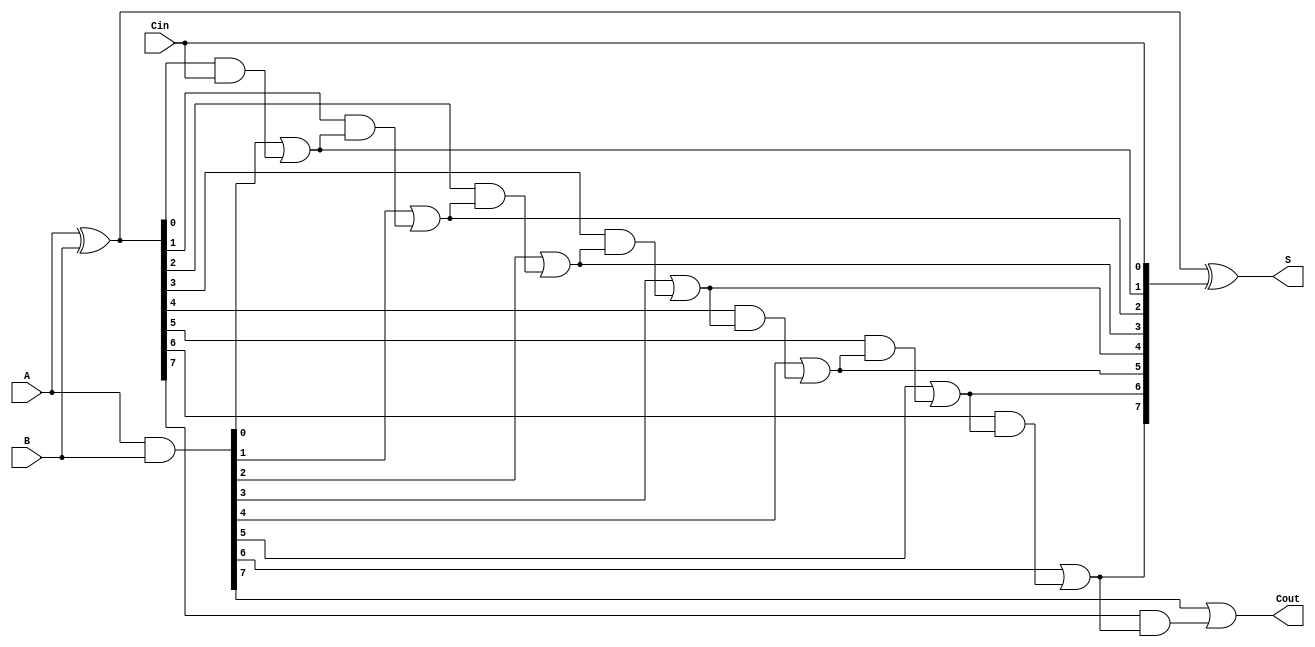
module CLA_8bit(
    input  [7:0] A,        // First operand
    input  [7:0] B,        // Second operand
    input          Cin,     // Carry-in
    output [7:0] S,        // Sum output
    output         Cout      // Carry-out
);
    
    wire [7:0] P;          // Propagate signals
    wire [7:0] G;          // Generate signals
    wire [8:0] C;          // Carry signals (C[0] = Cin)

    // Generate and Propagate signals computation
    assign G = A & B;                    // Generate signals
    assign P = A ^ B;                    // Propagate signals
    
    // Carry signals computation
    assign C[0] = Cin; 
    assign C[1] = G[0] | (P[0] & C[0]);
    assign C[2] = G[1] | (P[1] & C[1]);
    assign C[3] = G[2] | (P[2] & C[2]);
    assign C[4] = G[3] | (P[3] & C[3]);
    assign C[5] = G[4] | (P[4] & C[4]);
    assign C[6] = G[5] | (P[5] & C[5]);
    assign C[7] = G[6] | (P[6] & C[6]);
    assign C[8] = G[7] | (P[7] & C[7]);

    // Sum computation
    assign S = P ^ C[7:0];  // Sum bits

    // Final Carry-out
    assign Cout = C[8];

endmodule